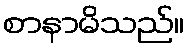
စာနာမိသည်။